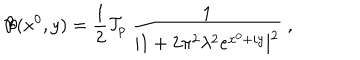
LaTeX: { \cal B } ( x ^ { 0 } , y ) = { \frac { 1 } { 2 } } { \cal T } _ { p } ~ { \frac { 1 } { | 1 + 2 \pi ^ { 2 } \lambda ^ { 2 } e ^ { x ^ { 0 } + i y } | ^ { 2 } } } ~ ,